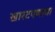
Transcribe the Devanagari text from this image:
खारटपणाचा